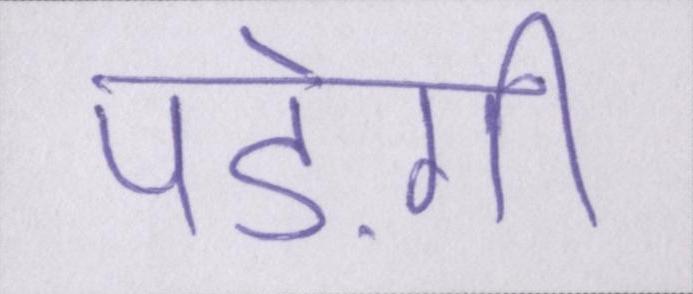
पड़ेगी